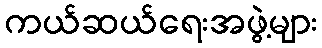
ကယ်ဆယ်ရေးအဖွဲ့များ